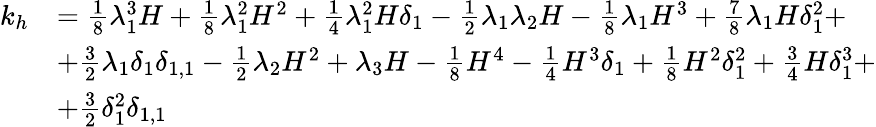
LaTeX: \begin{array}{rl}{k_{h}}&{=\frac{1}{8}\lambda_{1}^{3}H+\frac{1}{8}\lambda_{1}^{2}H^{2}+\frac{1}{4}\lambda_{1}^{2}H\delta_{1}-\frac{1}{2}\lambda_{1}\lambda_{2}H-\frac{1}{8}\lambda_{1}H^{3}+\frac{7}{8}\lambda_{1}H\delta_{1}^{2}+}\\ &{+\frac{3}{2}\lambda_{1}\delta_{1}\delta_{1,1}-\frac{1}{2}\lambda_{2}H^{2}+\lambda_{3}H-\frac{1}{8}H^{4}-\frac{1}{4}H^{3}\delta_{1}+\frac{1}{8}H^{2}\delta_{1}^{2}+\frac{3}{4}H\delta_{1}^{3}+}\\ &{+\frac{3}{2}\delta_{1}^{2}\delta_{1,1}}\end{array}